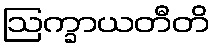
ဩက္ခာယတီတိ